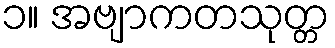
၁။ အဗျာကတသုတ္တ